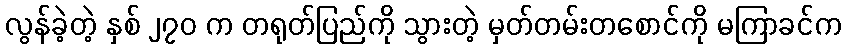
လွန်ခဲ့တဲ့ နှစ် ၂၇၀ က တရုတ်ပြည်ကို သွားတဲ့ မှတ်တမ်းတစောင်ကို မကြာခင်က